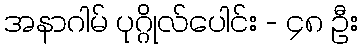
အနာဂါမ် ပုဂ္ဂိုလ်ပေါင်း - ၄၈ ဦး